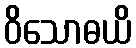
ဝိသောဓယိ